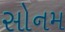
સોનમ